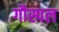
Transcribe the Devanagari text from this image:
गौस्पल